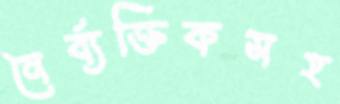
নৈর্ব্যক্তিকসহ